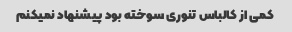
کمی از کالباس تنوری سوخته بود پیشنهاد نمیکنم